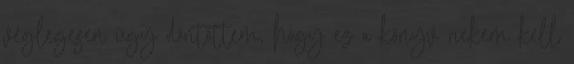
véglegesen úgy döntöttem, hogy ez a könyv nekem kell